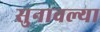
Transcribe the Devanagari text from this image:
सुनावल्या